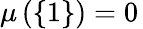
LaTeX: \mu\left(\{ 1\} \right)=0\,